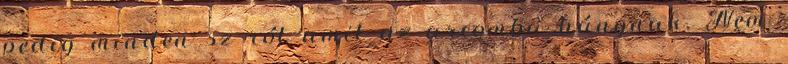
pedig minden sz ról amit az arcomba hánynak. Nem